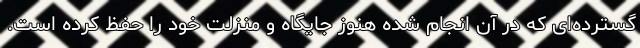
گسترده‌ای که در آن انجام شده هنوز جایگاه و منزلت خود را حفظ کرده است.